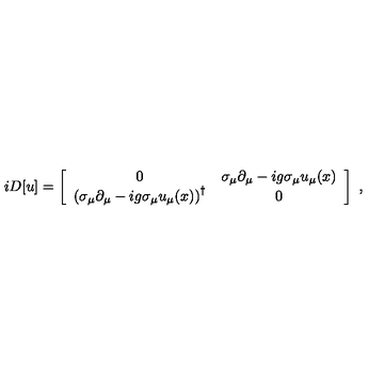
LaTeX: i D [ u ] = \left[ \begin{array} { c c } { 0 } & { \sigma _ { \mu } \partial _ { \mu } - i g \sigma _ { \mu } u _ { \mu } ( x ) } \\ { \left( \sigma _ { \mu } \partial _ { \mu } - i g \sigma _ { \mu } u _ { \mu } ( x ) \right) ^ { \dagger } } & { 0 } \\ \end{array} \right] \ ,